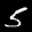
Label: 5